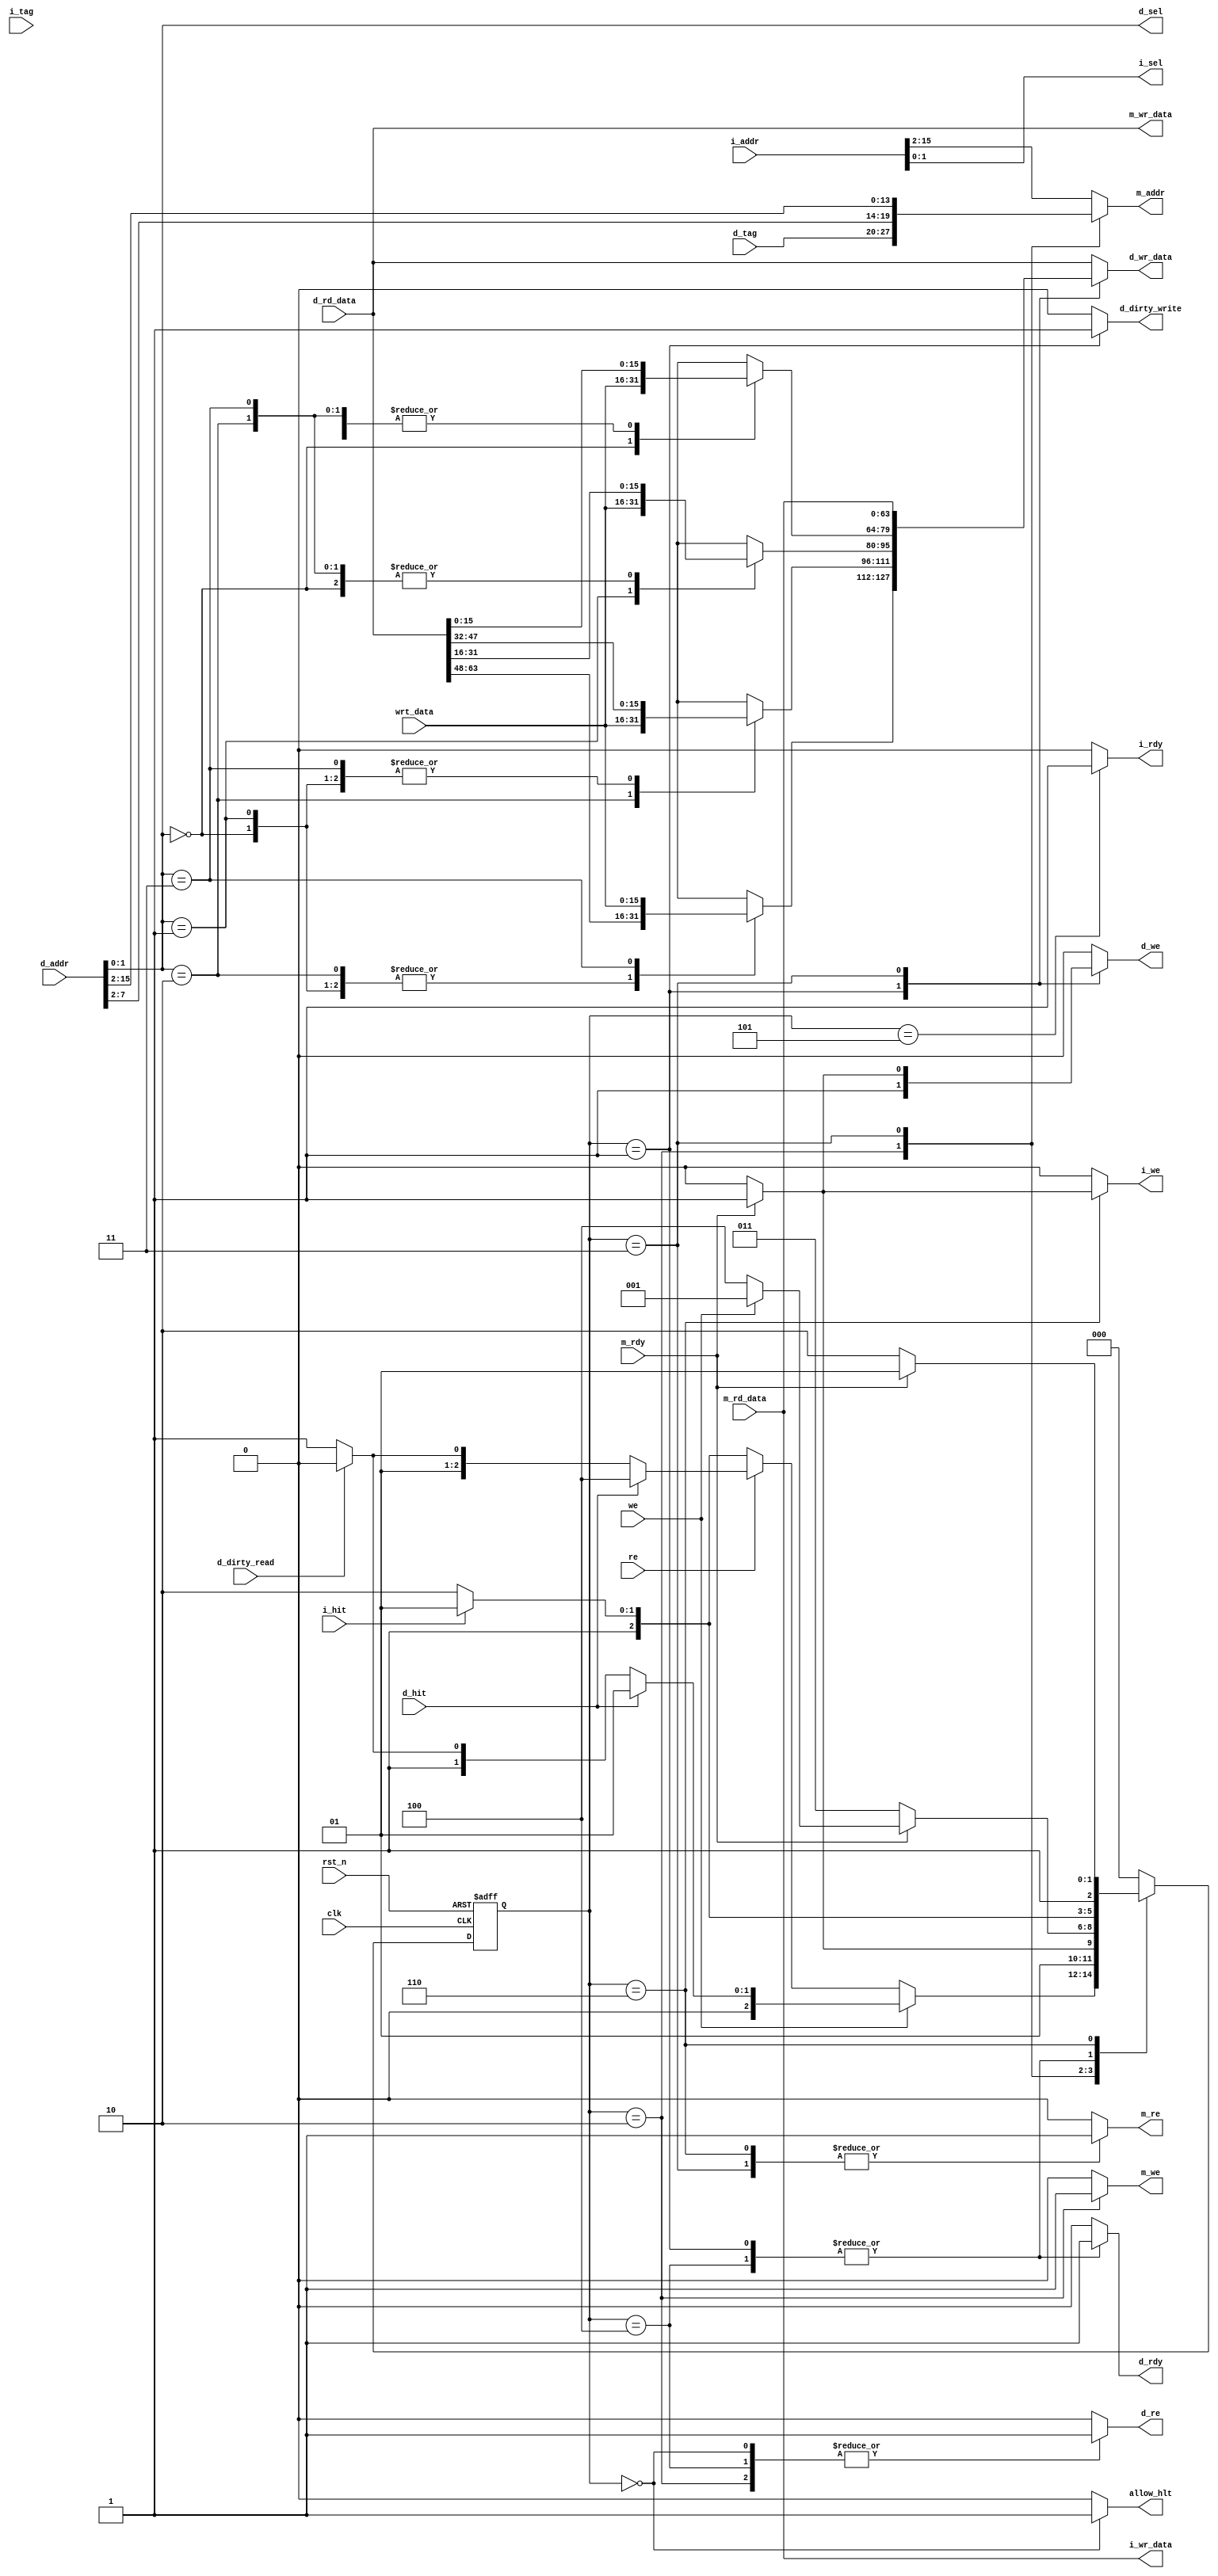
module cache_controller(clk, rst_n, i_rdy, i_sel, i_wr_data, i_we, m_addr, m_re, m_we, m_wr_data, i_addr, i_hit, i_tag, m_rd_data, m_rdy, re, we, d_addr, wrt_data, d_wr_data, d_dirty_write, d_we, d_re, d_tag, d_hit, d_dirty_read, d_sel, d_rd_data, d_rdy,allow_hlt);
  
  input clk, rst_n;
  input [15:0] i_addr;
  input i_hit, d_hit, d_dirty_read;
  input [7:0] i_tag, d_tag;
  input [63:0] m_rd_data, d_rd_data;
  input m_rdy;
  input re, we;
  input [15:0] d_addr, wrt_data;
  
  output reg i_rdy, i_we, m_we, m_re, d_dirty_write, d_we, d_re, d_rdy;
  output [63:0] i_wr_data, m_wr_data; 
  output reg [63:0] d_wr_data;
  output reg [13:0] m_addr;
  output reg [1:0] i_sel, d_sel;
  output reg allow_hlt;
  
  reg [2:0] state, nextState; // allows 4 states should be enough
  reg [63:0] save_d_rd_data;

  // States //
  localparam IDLE 	       = 3'b000;
  localparam WRITE_DCACHE  = 3'b001;
  localparam DCACHE_TO_MEM = 3'b010;
  localparam MEM_TO_DCACHE = 3'b011;
  localparam READ_DCACHE   = 3'b100;
  localparam READ_ICACHE   = 3'b101;
  localparam MEM_TO_ICACHE = 3'b110;

  
  always @(posedge clk, negedge rst_n) begin
	if(!rst_n) begin
      state <= IDLE;
    end else begin
      state <= nextState;
    end
  end
 assign m_wr_data = d_rd_data;
 assign i_wr_data = m_rd_data; 
  //always@(posedge clk) $display("state=%b, nextState=%b",state,nextState);
  /* FSM */
  always @ (*) begin
        //$display("STATE=%b", state);
    // default values
    i_rdy = 1'b0;
    i_sel = i_addr[1:0];
    i_we  = 1'b0;
    m_we  = 1'b0;
    m_re  = 1'b0;
    m_addr = i_addr[15:2];
    d_dirty_write = 1'b0;
    d_we = 1'b0;
    d_re = 1'b0; // data read from mem is auto put into instr to write to cache
    d_wr_data = d_rd_data;
    d_sel = d_addr[1:0];
    d_rdy = 1'b0;
	allow_hlt = 1'b0;
    nextState = IDLE;
    
    case (state)
      IDLE: begin
        //$display("State = IDLE");
        allow_hlt = 1'b1;
        d_re = 1'b1;
        if(we) begin
          //$display("we signal raised");
          nextState=(d_hit)? WRITE_DCACHE : ((d_dirty_read) ? DCACHE_TO_MEM : MEM_TO_DCACHE);
        end else if(re) begin
          //$display("re signal raised, no we");
          nextState=(d_hit)? READ_DCACHE : ((d_dirty_read) ? DCACHE_TO_MEM : MEM_TO_DCACHE);
        end else begin
          //$display("neither we nor re");
          nextState = (i_hit) ? READ_ICACHE : MEM_TO_ICACHE;
        end
      end
      WRITE_DCACHE: begin
        //$display("State = WRITE_DCACHE");
        d_we = 1'b1;
        d_dirty_write = 1'b1;
        case (d_addr[1:0])
          2'b00: d_wr_data[15:0] = wrt_data;
          2'b01: d_wr_data[31:16] = wrt_data;
          2'b10: d_wr_data[47:32] = wrt_data;
          2'b11: d_wr_data[63:48] = wrt_data;
          default: begin
            //$display("nothing to see here\n");
          end
        endcase
        d_rdy = 1'b1;
        nextState=(i_hit)? READ_ICACHE: MEM_TO_ICACHE;
      end
      DCACHE_TO_MEM: begin
       // $display("State = DCACHE_TO_MEM");
        m_we = 1'b1;
        d_re = 1'b1;
        m_addr={d_tag,d_addr[7:2]};
        if(!m_rdy) nextState=DCACHE_TO_MEM;
        else begin
          nextState=MEM_TO_DCACHE;
        end
      end
      MEM_TO_DCACHE: begin
        //$display("State = MEM_TO_DCACHE");
        m_re = 1'b1;
        m_addr = d_addr[15:2];
        d_wr_data = m_rd_data;
        if(!m_rdy) nextState=MEM_TO_DCACHE;
        else begin
          d_we = 1'b1;
          nextState=(we)? WRITE_DCACHE: READ_DCACHE;
        end
      end
      READ_DCACHE: begin
        //$display("State = READ_DCACHE");
        d_re = 1'b1;
        d_rdy = 1'b1;
        nextState=(i_hit)? READ_ICACHE: MEM_TO_ICACHE;
      end
      READ_ICACHE: begin
        //$display("State = READ_ICACHE");
        i_rdy = 1'b1;
        nextState = IDLE;
      end
      MEM_TO_ICACHE: begin
        //$display("State = MEM_TO_ICACHE");
        m_re = 1'b1;
        if(!m_rdy) nextState=MEM_TO_ICACHE;
        else begin
          i_we=1'b1;
          nextState=READ_ICACHE;
        end
      end
      default: begin
      end
    endcase
   
  end //end FSM logic
  
  
  
  
  
  
  
  
  
endmodule